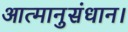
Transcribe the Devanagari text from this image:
आत्मानुसंधान।